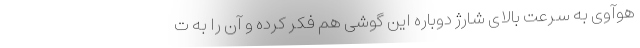
هوآوی به سرعت بالای شارژ دوباره این گوشی هم فکر کرده و آن را به ت